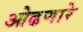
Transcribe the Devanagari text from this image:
ओढणारे